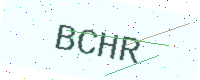
Text: BCHR